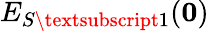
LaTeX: E_{S\textsubscript{1}}(\boldsymbol{0})